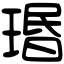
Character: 瑉